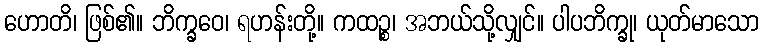
ဟောတိ၊ ဖြစ်၏။ ဘိက္ခဝေ၊ ရဟန်းတို့။ ကထဉ္စ၊ အဘယ်သို့လျှင်။ ပါပဘိက္ခု၊ ယုတ်မာသော